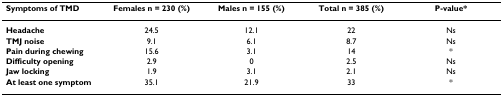
<table><thead><tr><td><b>Symptoms of TMD</b></td><td><b>Females n = 230 (%)</b></td><td><b>Males n = 155 (%)</b></td><td><b>Total n = 385 (%)</b></td><td><b>P-value*</b></td></tr></thead><tbody><tr><td><b>Headache</b></td><td>24.5</td><td>12.1</td><td>22</td><td>Ns</td></tr><tr><td><b>TMJ noise</b></td><td>9.1</td><td>6.1</td><td>8.7</td><td>Ns</td></tr><tr><td><b>Pain during chewing</b></td><td>15.6</td><td>3.1</td><td>14</td><td>*</td></tr><tr><td><b>Difficulty opening</b></td><td>2.9</td><td>0</td><td>2.5</td><td>Ns</td></tr><tr><td><b>Jaw locking</b></td><td>1.9</td><td>3.1</td><td>2.1</td><td>Ns</td></tr><tr><td><b>At least one symptom</b></td><td>35.1</td><td>21.9</td><td>33</td><td>*</td></tr></tbody></table>